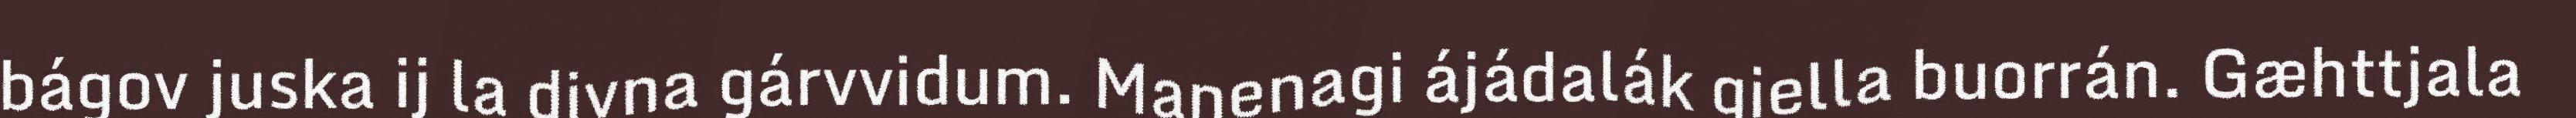
bágov juska ij la divna gárvvidum. Maŋenagi ájádalák giella buorrán. Gæhttjala